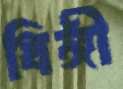
ধিঙ্গী